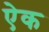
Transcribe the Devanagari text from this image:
एेक